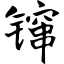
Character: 镩